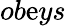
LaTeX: ob\mathrm{e}ys